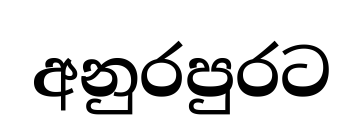
අනුරපුරට